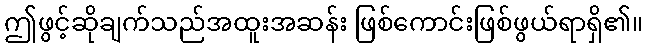
ဤဖွင့်ဆိုချက်သည်အထူးအဆန်း ဖြစ်ကောင်းဖြစ်ဖွယ်ရာရှိ၏။